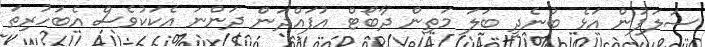
ސަލަފުން އަޅެ ބުނެދީ ބަލަ މަތިން ދާބޯޓް އުފައްދަން ދަންނަ އެކަކުވެސް އެބަހުރިތަ